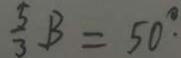
\frac { 5 } { 3 } B = 5 0 ^ { \circ } .